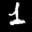
Label: 1